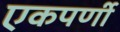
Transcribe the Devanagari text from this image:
एकपर्णी